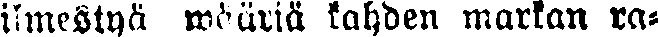
ilmestyä wääriä kahden markan ra-